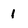
Character: 1